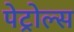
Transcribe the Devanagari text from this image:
पेट्रोल्स